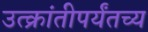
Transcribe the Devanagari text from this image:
उत्क्रांतीपर्यंतच्य